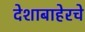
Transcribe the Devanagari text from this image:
देशाबाहेरचे